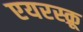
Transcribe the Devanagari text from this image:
एयरस्क्रू